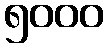
၅၀၀၀